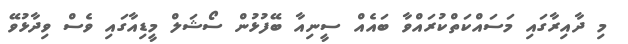
މި ދާއިރާގައި މަސައްކަތްކުރައްވާ ބައެއް ސީނިއާ ބޭފުޅުން ސޯޝަލް މީޑިއާގައި ވެސް ވިދާޅުވޭ